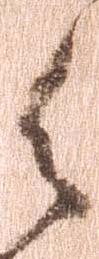
御